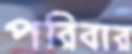
পরিবার